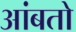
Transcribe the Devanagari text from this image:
आंबतो